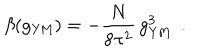
\beta ( g _ { \mathrm { Y M } } ) = - \frac { N } { 8 \pi ^ { 2 } } \, g _ { \mathrm { Y M } } ^ { 3 } ~ ~ .